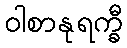
ဝါစာနုရက္ခီ